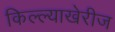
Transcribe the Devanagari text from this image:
किल्ल्याखेरीज